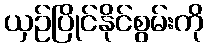
ယှဉ်ပြိုင်နိုင်စွမ်းကို